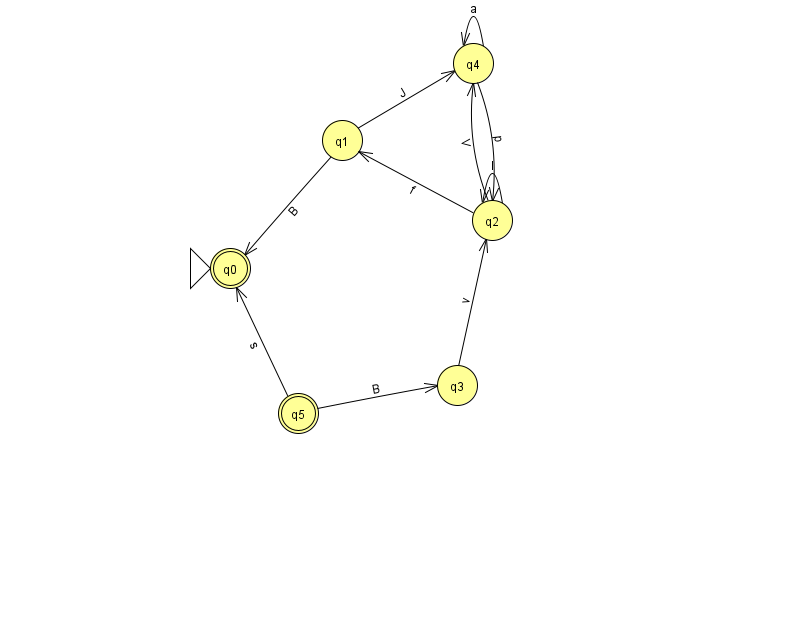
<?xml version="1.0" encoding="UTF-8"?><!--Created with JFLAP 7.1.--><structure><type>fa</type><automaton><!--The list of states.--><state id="0" name="q0"><x>230.0</x><y>255.0</y><initial/><final/></state><state id="1" name="q1"><x>342.0</x><y>127.0</y></state><state id="2" name="q2"><x>492.0</x><y>207.0</y></state><state id="3" name="q3"><x>457.0</x><y>372.0</y></state><state id="4" name="q4"><x>473.0</x><y>50.0</y></state><state id="5" name="q5"><x>298.0</x><y>400.0</y><final/></state><!--The list of transitions.--><transition><from>4</from><to>4</to><read>a</read></transition><transition><from>5</from><to>3</to><read>B</read></transition><transition><from>1</from><to>0</to><read>B</read></transition><transition><from>2</from><to>4</to><read>V</read></transition><transition><from>5</from><to>0</to><read>s</read></transition><transition><from>2</from><to>2</to><read>l</read></transition><transition><from>2</from><to>1</to><read>f</read></transition><transition><from>1</from><to>4</to><read>J</read></transition><transition><from>3</from><to>2</to><read>v</read></transition><transition><from>4</from><to>2</to><read>p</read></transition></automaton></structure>